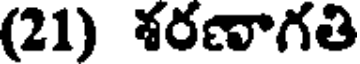
(21) శరణాగతి